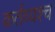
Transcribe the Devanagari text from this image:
कर्तव्यश्च